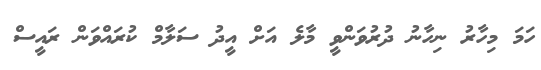
ހަމަ މިހާރު ނިހާނު ދުރުވަންވީ މާލެ އަށް އީދު ސަލާމް ކުރައްވަން ރައީސް